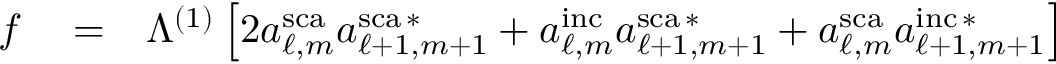
\begin{array} { r l r } { f } & { { } = } & { \Lambda ^ { ( 1 ) } \left[ 2 a _ { \ell , m } ^ { \mathrm { s c a } } a _ { \ell + 1 , m + 1 } ^ { \mathrm { s c a } \, * } + a _ { \ell , m } ^ { \mathrm { i n c } } a _ { \ell + 1 , m + 1 } ^ { \mathrm { s c a } \, * } + a _ { \ell , m } ^ { \mathrm { s c a } } a _ { \ell + 1 , m + 1 } ^ { \mathrm { i n c } \, * } \right] } \end{array}